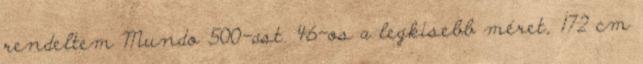
rendeltem Mundo 500-ast. 46-os a legkisebb méret, 172 cm